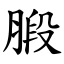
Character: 腶